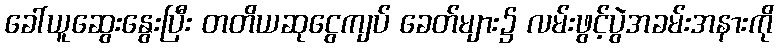
ခေါ်ယူဆွေးနွေးပြီး တတိယဆုငွေကျပ် ခေတ်များ၌ လမ်းဖွင့်ပွဲအခမ်းအနားကို